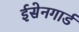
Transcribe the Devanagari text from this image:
ईसेनगार्ड